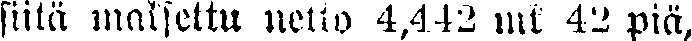
siitä maksettu netto 4,442 mk 42 piä,